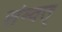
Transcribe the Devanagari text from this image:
संम्वत्